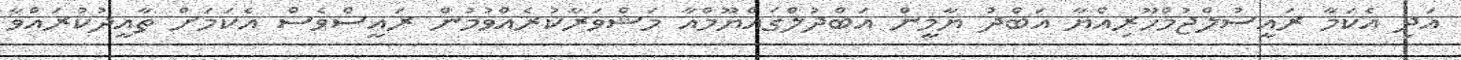
އަދި އެކަމާ ރައީސުލްޖުމްހޫރިއްޔާ އަބްދު ޔާމީން އަބްދުލްޤައްޔޫމްއާ މަޝްވަރާކުރެއްވުމުން ރައީސްވެސް އެކަމަށް ތާއީދުކުރައްވާ